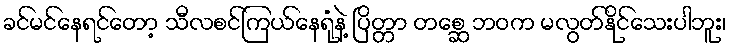
ခင်မင်နေရင်တော့ သီလစင်ကြယ်နေရုံနဲ့ ပြိတ္တာ တစ္ဆေ ဘဝက မလွတ်နိုင်သေးပါဘူး၊